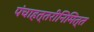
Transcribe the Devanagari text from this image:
पंचाहत्तरीनिमित्त